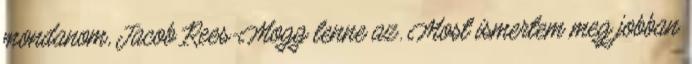
mondanom, Jacob Rees-Mogg lenne az. Most ismertem meg jobban